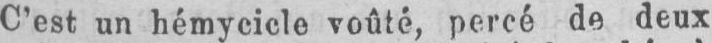
C’est un hémycicle voûté, percé de deux